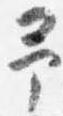
予